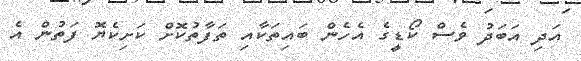
އަދި އަބަދު ވެސް ކޯޑީގެ އެހެން ބައިތަކާއި ތަފާތުކޮށް ކަށިކެޔޮ ފަތުން އެ